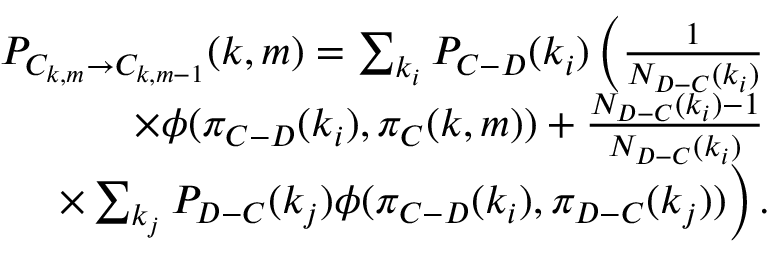
\begin{array} { r l r } & { } & { P _ { C _ { k , m } \rightarrow C _ { k , m - 1 } } ( k , m ) = \sum _ { k _ { i } } P _ { C - D } ( k _ { i } ) \left( \frac { 1 } { N _ { D - C } ( k _ { i } ) } \right. } \\ & { } & { \left. \times \phi ( \pi _ { C - D } ( k _ { i } ) , \pi _ { C } ( k , m ) ) + \frac { N _ { D - C } ( k _ { i } ) - 1 } { N _ { D - C } ( k _ { i } ) } \right. } \\ & { } & { \left. \times \sum _ { k _ { j } } P _ { D - C } ( k _ { j } ) \phi ( \pi _ { C - D } ( k _ { i } ) , \pi _ { D - C } ( k _ { j } ) ) \right) . } \end{array}